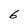
Character: 6